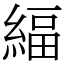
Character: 䋹